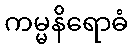
ကမ္မနိရောဓံ